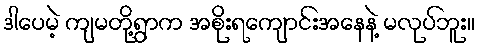
ဒါပေမဲ့ ကျမတို့ရွာက အစိုးရကျောင်းအနေနဲ့ မလုပ်ဘူး။